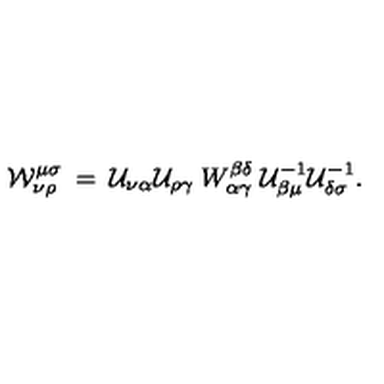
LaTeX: { \cal W } _ { \nu \rho } ^ { \mu \sigma } \: = \: { \cal U } _ { \nu \alpha } { \cal U } _ { \rho \gamma } \: W _ { \alpha \gamma } ^ { \beta \delta } \: { \cal U } _ { \beta \mu } ^ { - 1 } { \cal U } _ { \delta \sigma } ^ { - 1 } .